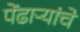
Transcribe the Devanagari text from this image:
पेंढाऱ्यांचे